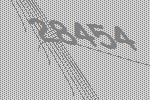
28454